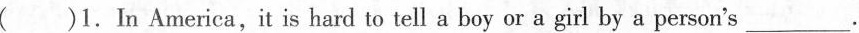
( )1.In America,it is hard to tell a boy or a girl by a person's___